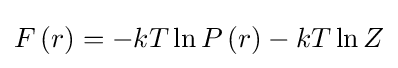
F\left(r\right)=-kT\ln P\left(r\right)-kT\ln Z